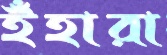
ইঁহারা